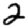
Digit: 2